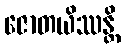
ဇောတယိဿန္တိ